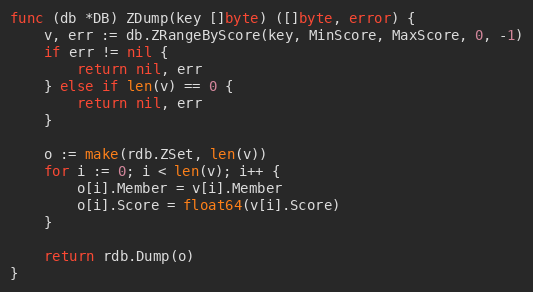
Language: Go
func (db *DB) ZDump(key []byte) ([]byte, error) {
	v, err := db.ZRangeByScore(key, MinScore, MaxScore, 0, -1)
	if err != nil {
		return nil, err
	} else if len(v) == 0 {
		return nil, err
	}

	o := make(rdb.ZSet, len(v))
	for i := 0; i < len(v); i++ {
		o[i].Member = v[i].Member
		o[i].Score = float64(v[i].Score)
	}

	return rdb.Dump(o)
}